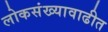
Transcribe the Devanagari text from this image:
लोकसंख्यावाढीत